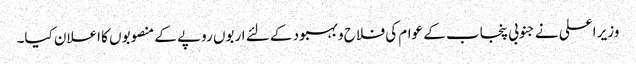
وزیر اعلی نے جنوبی پنجاب کے عوام کی فلاح و بہبود کے لئے اربوں روپے کے منصوبوں کا اعلان کیا۔